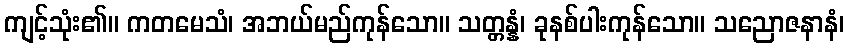
ကျင့်သုံး၏။ ကတမေသံ၊ အဘယ်မည်ကုန်သော။ သတ္တန္နံ၊ ခုနစ်ပါးကုန်သော။ သညောဇနာနံ၊